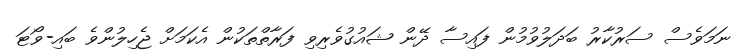
ނަމަވެސް ސަރުކާރު ބަދަލުވުމުން ފައިސާ ދޭން ޝައުގުވެރިވި ފަރާތްތަކުން އެކަމަށް ޖެހިލުންވެ ބައި-ވޯޓަ